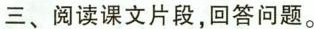
三、阅读课文片段，回答问题。